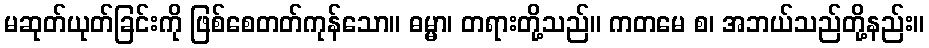
မဆုတ်ယုတ်ခြင်းကို ဖြစ်စေတတ်ကုန်သော။ ဓမ္မာ၊ တရားတို့သည်။ ကတမေ စ၊ အဘယ်သည်တို့နည်း။